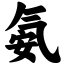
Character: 氨